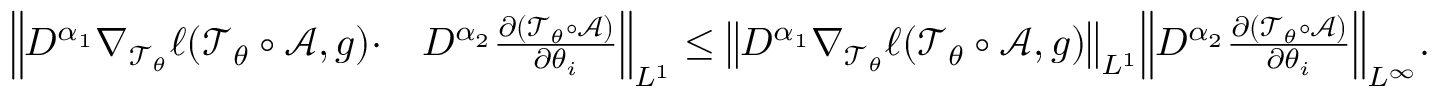
\begin{array} { r l } { \Big \| D ^ { \alpha _ { 1 } } \nabla _ { \mathcal T _ { \theta } } \ell ( \mathcal T _ { \theta } \circ \mathcal A , g ) \cdot } & { D ^ { \alpha _ { 2 } } \frac { \partial ( \mathcal T _ { \theta } \circ \mathcal A ) } { \partial \theta _ { i } } \Big \| _ { L ^ { 1 } } \leq \big \| D ^ { \alpha _ { 1 } } \nabla _ { \mathcal T _ { \theta } } \ell ( \mathcal T _ { \theta } \circ \mathcal A , g ) \big \| _ { L ^ { 1 } } \Big \| D ^ { \alpha _ { 2 } } \frac { \partial ( \mathcal T _ { \theta } \circ \mathcal A ) } { \partial \theta _ { i } } \Big \| _ { L ^ { \infty } } . } \end{array}